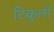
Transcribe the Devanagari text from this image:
टिकुली